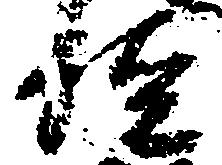
経